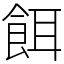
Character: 餌